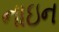
નાઇન